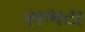
સભય